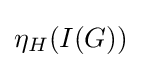
\eta _{H}(I(G))